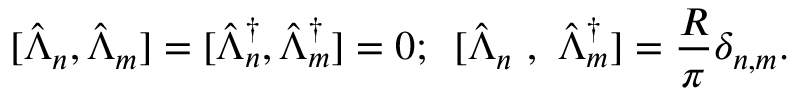
\mathrm { [ } \hat { \Lambda } _ { n } , \hat { \Lambda } _ { m } ] = [ \hat { \Lambda } _ { n } ^ { \dagger } , \hat { \Lambda } _ { m } ^ { \dagger } ] = 0 ; \, \, \, [ \hat { \Lambda } _ { n } \, \, , \, \, \hat { \Lambda } _ { m } ^ { \dagger } ] = \frac { R } { \pi } \delta _ { n , m } .